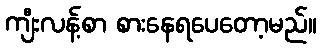
ကျီးလန့်စာ စားနေရပေတော့မည်။